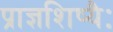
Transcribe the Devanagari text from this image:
प्राज्ञशिष्यैः